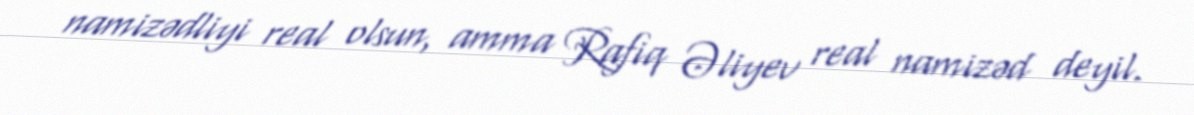
namizədliyi real olsun, amma Rafiq Əliyev real namizəd deyil.